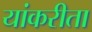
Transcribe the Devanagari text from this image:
यांकरीता